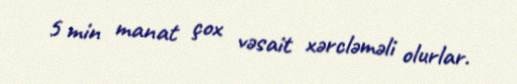
5 min manat çox vəsait xərcləməli olurlar.